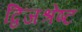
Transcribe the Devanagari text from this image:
द्विजश्रेष्ट